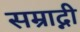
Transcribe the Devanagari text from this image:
सम्राद्नी